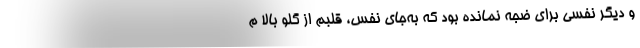
و دیگر نفسی برای ضجه نمانده بود که به‌جای نفس، قلبم از گلو بالا م